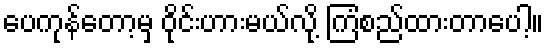
ပေကုန်တော့မှ ဝိုင်းဟားမယ်လို့ ကြံစည်ထားတာပေါ့။